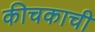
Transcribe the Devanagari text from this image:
कीचकाची